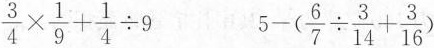
$$\frac{3}{4}\times \frac{1}{9}+ \frac{1}{4}\div 9$$ $$5-(\frac{6}{7}\div \frac{3}{14}+ \frac{3}{16})$$